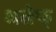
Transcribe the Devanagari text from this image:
अलेफ्